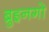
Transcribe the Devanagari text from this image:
ब्रुइनगो